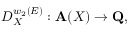
D _ { X } ^ { w _ { 2 } ( E ) } : { \bf A } ( X ) \rightarrow { \bf Q } ,